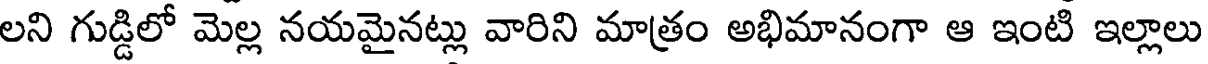
లని గుడ్డిలో మెల్ల నయమైనట్లు వారిని మాత్రం అభిమానంగా ఆ ఇంటి ఇల్లాలు